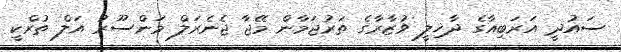
ސައުދީ އަރަބިއާގެ ދާޚިލީ ވުޒާރާގެ ތަރުޖަމާން މޭޖާ ޖެނެރަލް މަންސޫރު އަލް ތުރްކީ